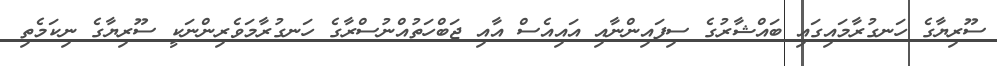
ސޫރިޔާގެ ހަނގުރާމައިގައި ބައްޝާރުގެ ސިފައިންނާއި އައިއެސް އާއި ޖަބްހަތުއްނުސްރާގެ ހަނގުރާމަވެރިންނަކީ ސޫރިޔާގެ ނިކަމެތި